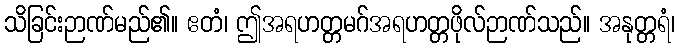
သိခြင်းဉာဏ်မည်၏။ ဧတံ၊ ဤအရဟတ္တမဂ်အရဟတ္တဖိုလ်ဉာဏ်သည်။ အနုတ္တရံ၊